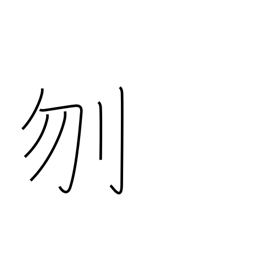
Meaning: decapitate